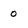
Character: o